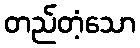
တည်တံ့သော